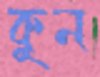
কুন